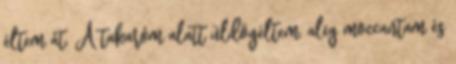
éltem át. A takaróm alatt üldögéltem, alig moccantam és